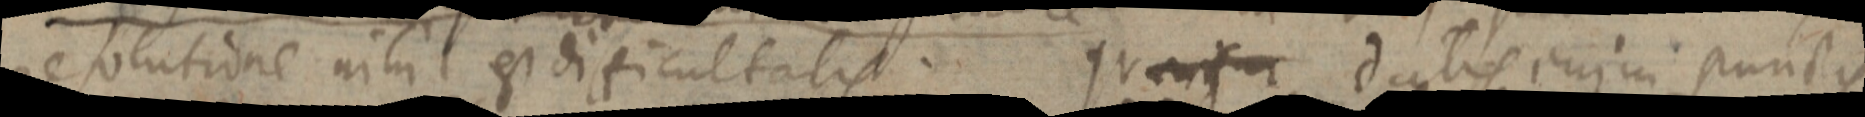
resolutione nihil est difficultatis. qu _ datis enim punctis